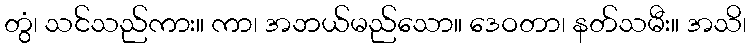
တွံ၊ သင်သည်ကား။ ကာ၊ အဘယ်မည်သော။ ဒေဝတာ၊ နတ်သမီး။ အသိ၊